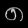
Digit: ၈